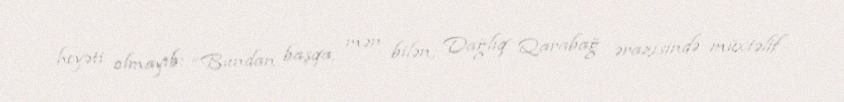
heyəti olmayıb: “Bundan başqa, mən bilən, Dağlıq Qarabağ ərazisində müxtəlif